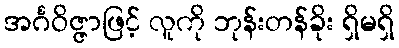
အင်္ဂဝိဇ္ဇာဖြင့် လူကို ဘုန်းတန်ခိုး ရှိမရှိ